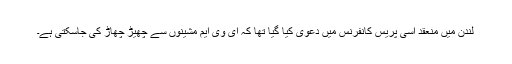
لندن میں منعقد اسی پریس کانفرنس میں دعوی کیا گیا تھا کہ ای وی ایم مشینوں سے چھیڑ چھاڑ کی جاسکتی ہے۔